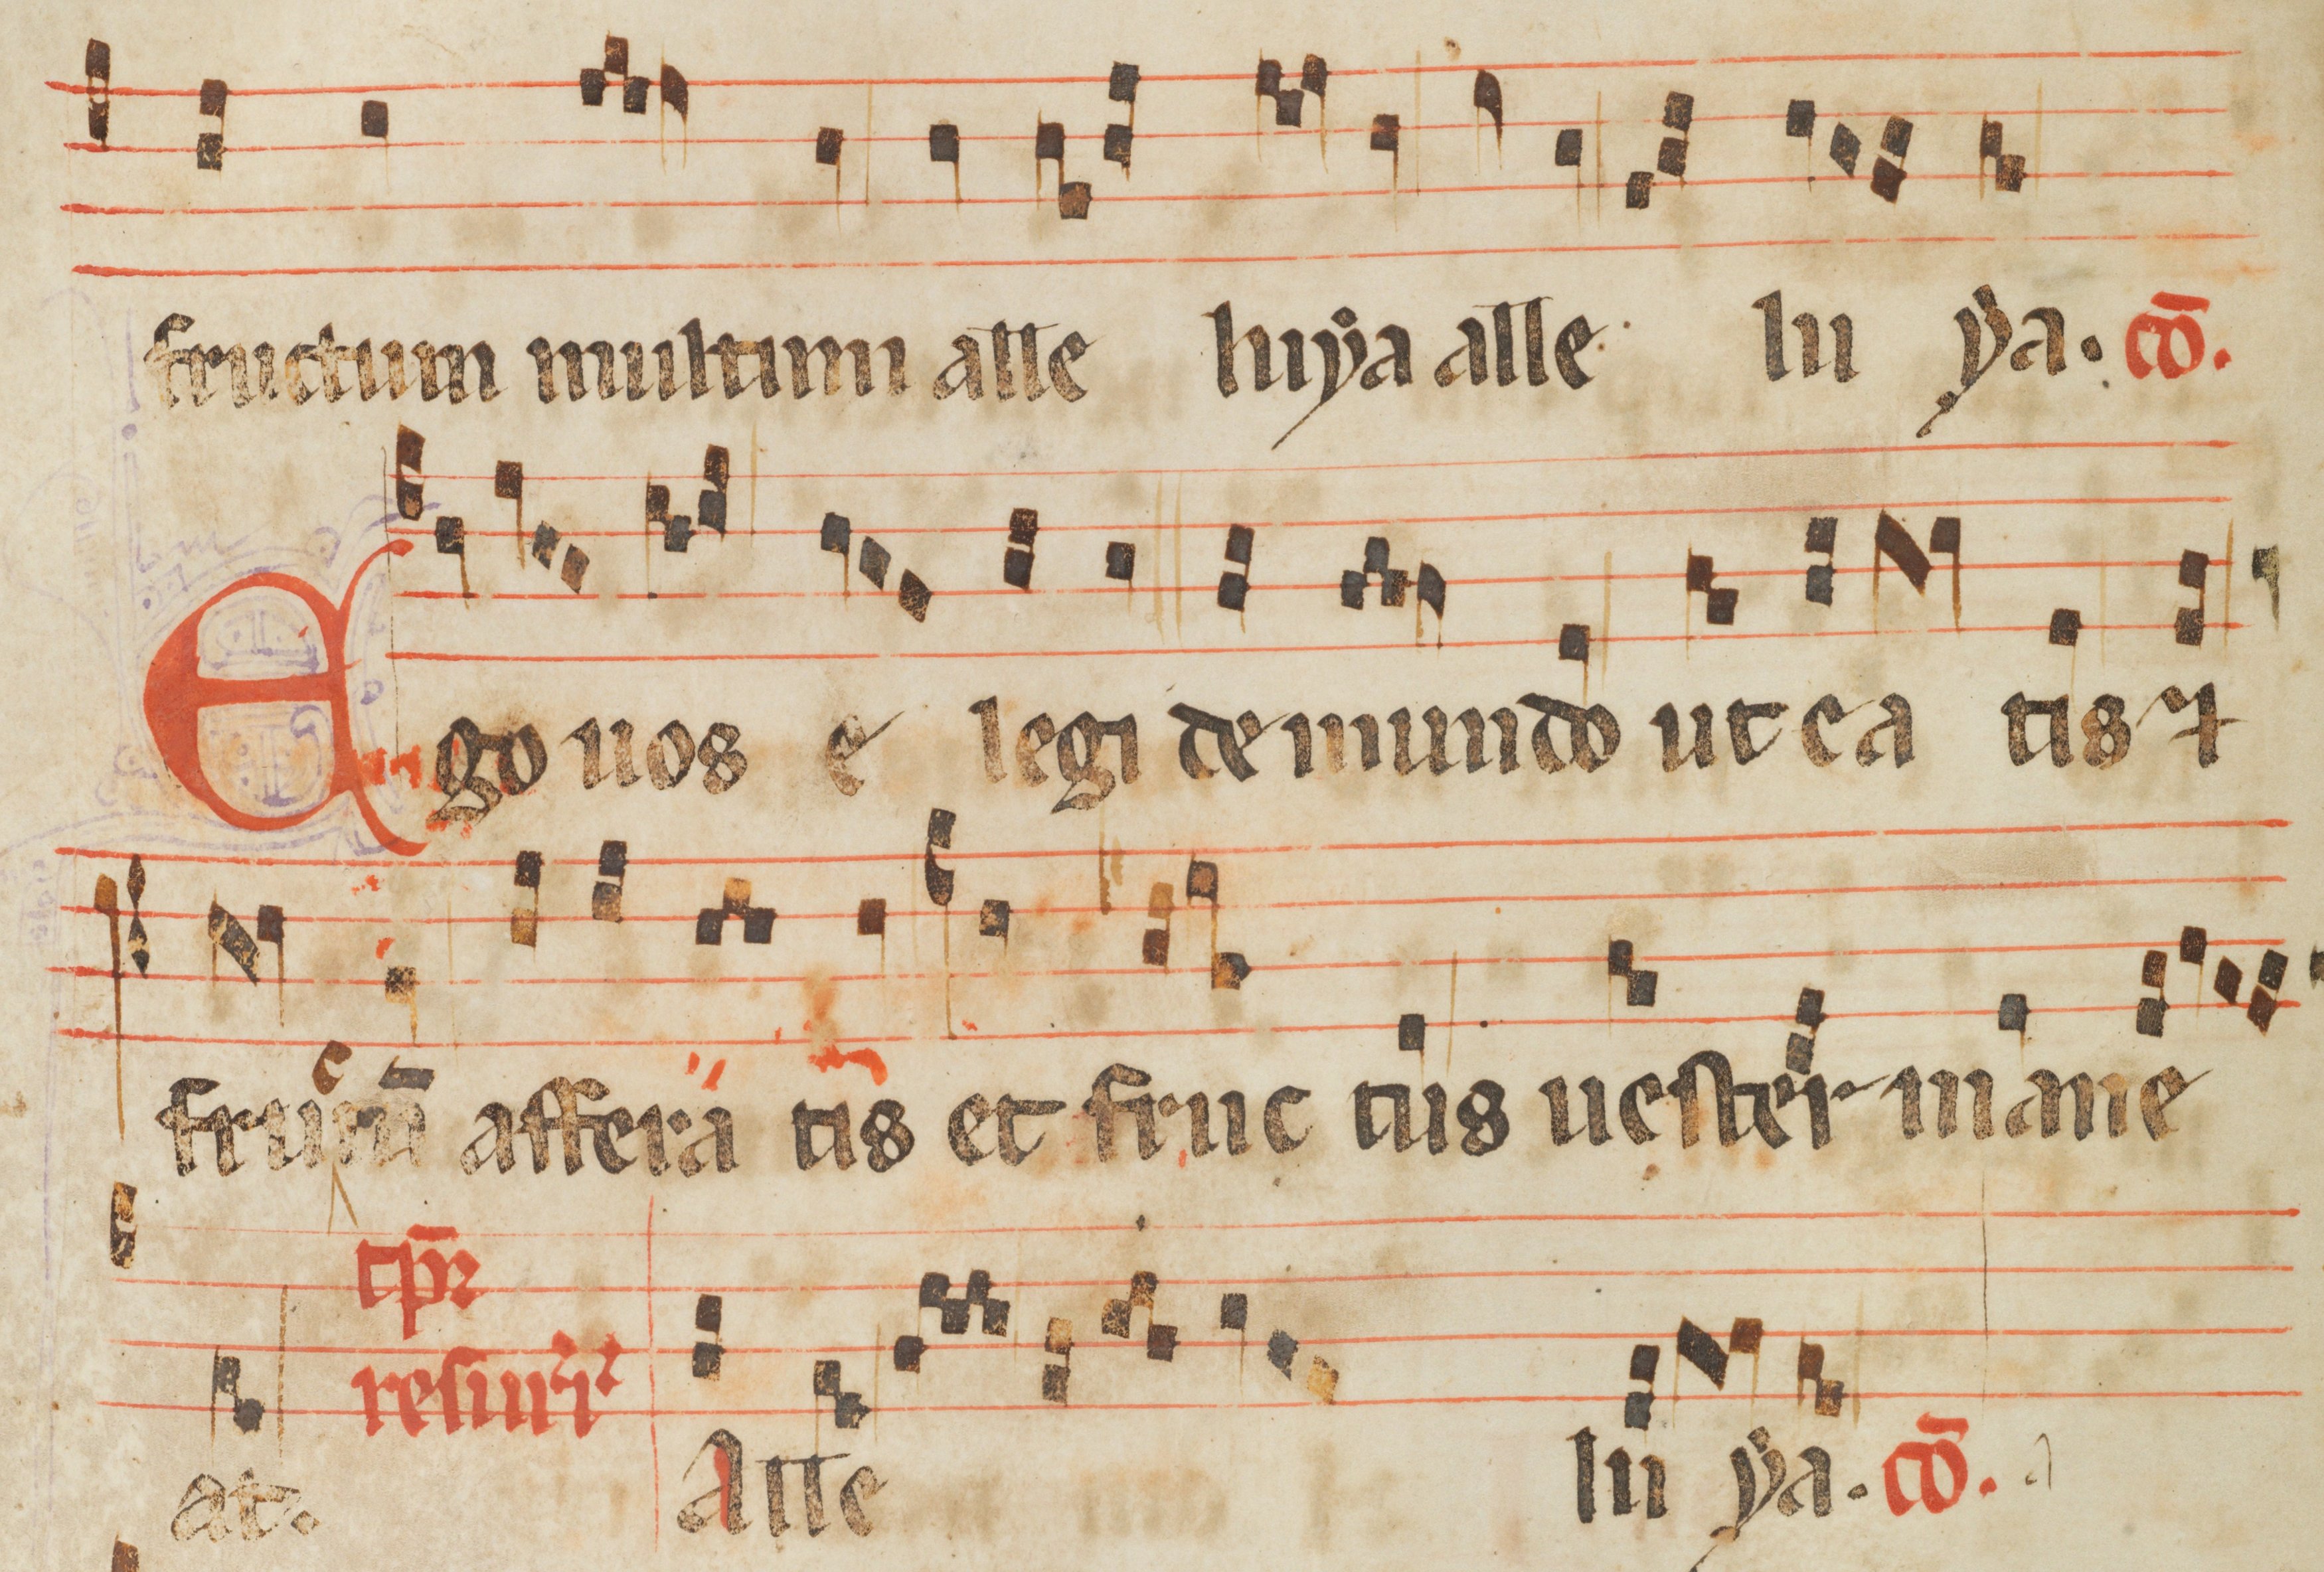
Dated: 1285–1315